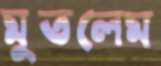
মুতলেম